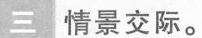
三情景交际。